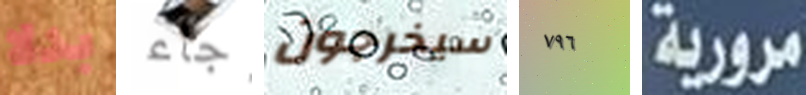
بدلا جاء سيخرجون ٧٩٦ مرورية